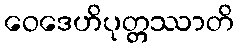
ဝေဒေဟိပုတ္တဿာတိ